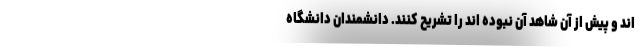
اند و پیش از آن شاهد آن نبوده اند را تشریح کنند. دانشمندان دانشگاه